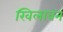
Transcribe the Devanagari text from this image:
खिलावन